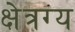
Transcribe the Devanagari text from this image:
क्षेत्रग्य